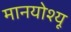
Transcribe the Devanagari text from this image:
मानयोश्यू